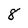
Character: 8